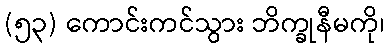
(၅၃) ကောင်းကင်သွား ဘိက္ခုနီမကို၊